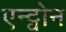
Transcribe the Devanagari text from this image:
एन्ट्वोन